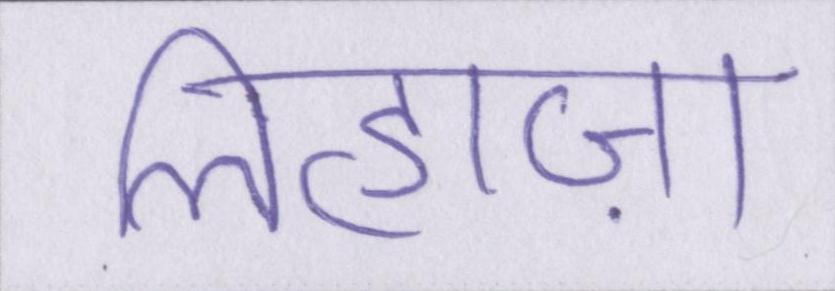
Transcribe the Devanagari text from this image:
लिहाज़ा